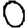
Digit: 0